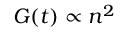
G ( t ) \propto n ^ { 2 }